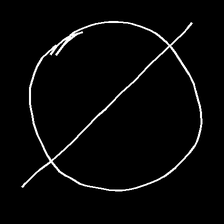
Glyph: orb